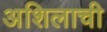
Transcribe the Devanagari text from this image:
अशिलाची